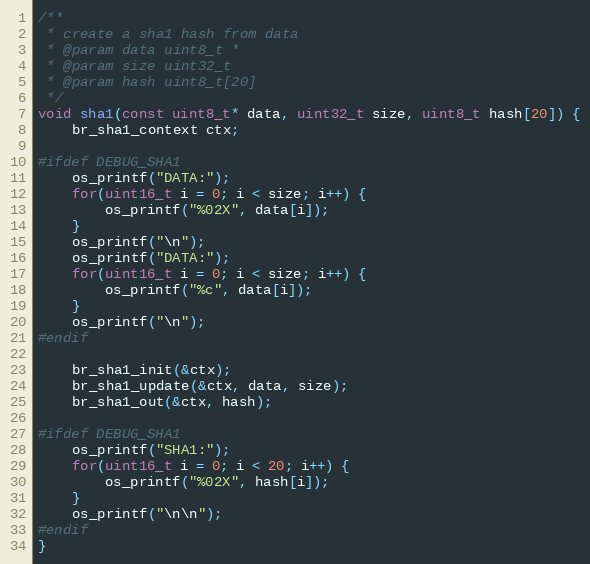
Language: C++
/**
 * create a sha1 hash from data
 * @param data uint8_t *
 * @param size uint32_t
 * @param hash uint8_t[20]
 */
void sha1(const uint8_t* data, uint32_t size, uint8_t hash[20]) {
    br_sha1_context ctx;

#ifdef DEBUG_SHA1
    os_printf("DATA:");
    for(uint16_t i = 0; i < size; i++) {
        os_printf("%02X", data[i]);
    }
    os_printf("\n");
    os_printf("DATA:");
    for(uint16_t i = 0; i < size; i++) {
        os_printf("%c", data[i]);
    }
    os_printf("\n");
#endif

    br_sha1_init(&ctx);
    br_sha1_update(&ctx, data, size);
    br_sha1_out(&ctx, hash);

#ifdef DEBUG_SHA1
    os_printf("SHA1:");
    for(uint16_t i = 0; i < 20; i++) {
        os_printf("%02X", hash[i]);
    }
    os_printf("\n\n");
#endif
}